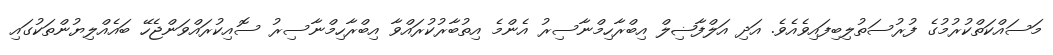
މަސައްކަތްކުރުމުގެ ފުރުސަތުލިބިފައިވެއެވެ. އަދި އަލްފާޟިލް އިބްރާހިމްނާސިރު އެންމެ އިތުބާރުކުރައްވާ އިބްރާހިމްނާސިރު ސޮއިކުރައްވަންޖެހޭ ބައެއްލިޔުންތަކުގައި